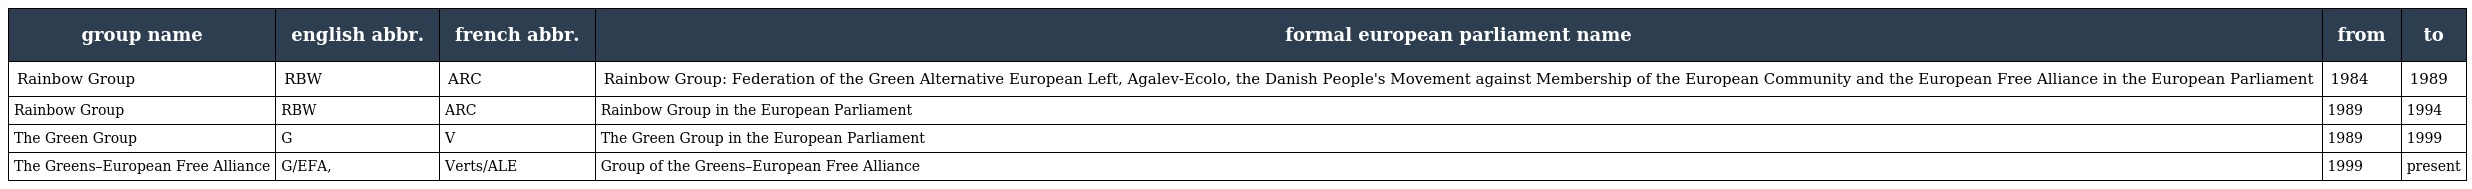
| group name | english abbr. | french abbr. | formal european parliament name | from | to |
 | --- | --- | --- | --- | --- | --- |
 | Rainbow Group | RBW | ARC | Rainbow Group: Federation of the Green Alternative European Left, Agalev-Ecolo, the Danish People's Movement against Membership of the European Community and the European Free Alliance in the European Parliament | 1984 | 1989 |
 | Rainbow Group | RBW | ARC | Rainbow Group in the European Parliament | 1989 | 1994 |
 | The Green Group | G | V | The Green Group in the European Parliament | 1989 | 1999 |
 | The Greens–European Free Alliance | G/EFA, | Verts/ALE | Group of the Greens–European Free Alliance | 1999 | present |